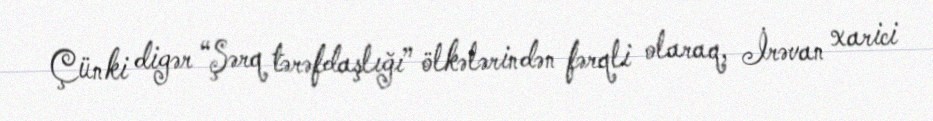
Çünki digər “Şərq tərəfdaşlığı” ölkələrindən fərqli olaraq, İrəvan xarici